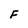
Character: F